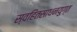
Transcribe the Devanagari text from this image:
स्वहितसाधनयुग्त